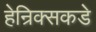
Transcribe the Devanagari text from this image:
हेन्रिक्सकडे